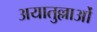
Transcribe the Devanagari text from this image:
अयातुल्लाओं